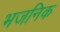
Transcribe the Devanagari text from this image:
भजनिक